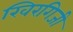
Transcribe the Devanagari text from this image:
खिरगिजी